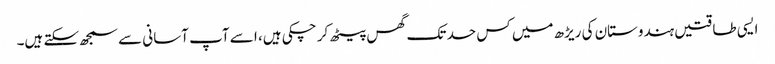
ایسی طاقتیں ہندوستان کی ریڑھ میں کس حد تک گھس پیٹھ کر چکی ہیں، ا سے آپ آسانی سے سمجھ سکتے ہیں۔